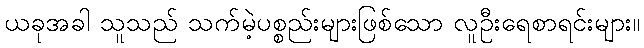
ယခုအခါ သူသည် သက်မဲ့ပစ္စည်းများဖြစ်သော လူဦးရေစာရင်းများ။